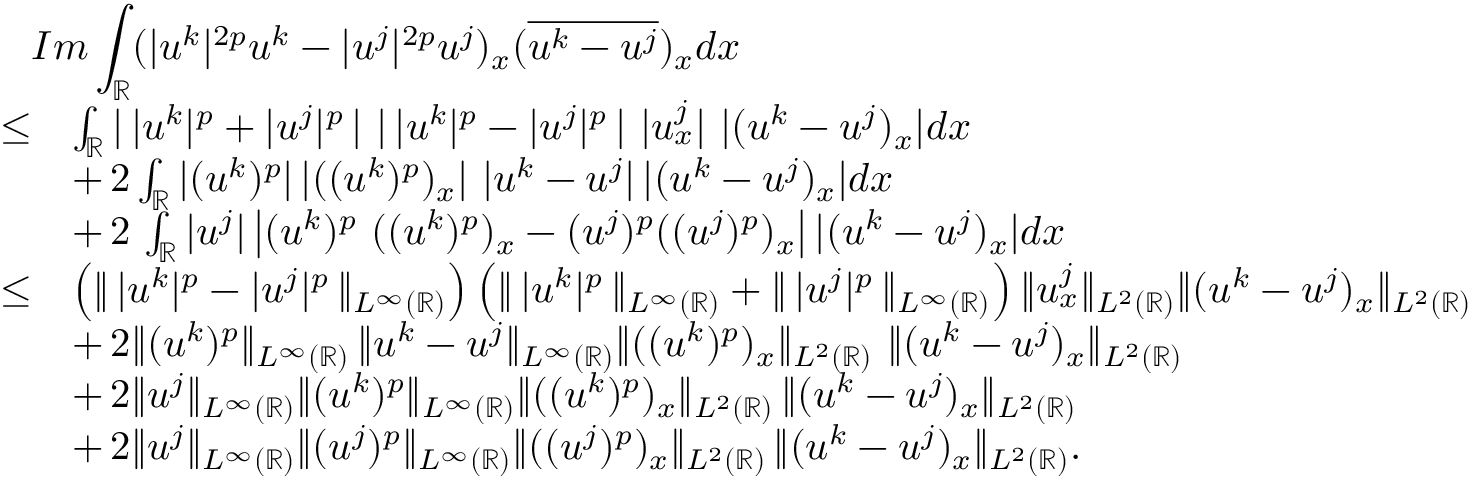
\begin{array} { r l } { \lefteqn { I m \int _ { \mathbb { R } } ( | u ^ { k } | ^ { 2 p } u ^ { k } - | u ^ { j } | ^ { 2 p } u ^ { j } ) _ { x } ( \overline { { u ^ { k } - u ^ { j } } } ) _ { x } d x } } \\ { \leq } & { \int _ { \mathbb { R } } | \, | u ^ { k } | ^ { p } + | u ^ { j } | ^ { p } \, | \ | \, | u ^ { k } | ^ { p } - | u ^ { j } | ^ { p } \, | \ | u _ { x } ^ { j } | \ | ( u ^ { k } - u ^ { j } ) _ { x } | d x } \\ & { + \, 2 \int _ { \mathbb { R } } | ( u ^ { k } ) ^ { p } | \, | ( ( u ^ { k } ) ^ { p } ) _ { x } | \ | u ^ { k } - u ^ { j } | \, | ( u ^ { k } - u ^ { j } ) _ { x } | d x } \\ & { + \, 2 \, \int _ { \mathbb { R } } | u ^ { j } | \left| ( u ^ { k } ) ^ { p } \ ( ( u ^ { k } ) ^ { p } ) _ { x } - ( u ^ { j } ) ^ { p } ( ( u ^ { j } ) ^ { p } ) _ { x } \right| | ( u ^ { k } - u ^ { j } ) _ { x } | d x } \\ { \leq } & { \left( \| \, | u ^ { k } | ^ { p } - | u ^ { j } | ^ { p } \, \| _ { L ^ { \infty } ( \mathbb { R } ) } \right) \left( \| \, | u ^ { k } | ^ { p } \, \| _ { L ^ { \infty } ( \mathbb { R } ) } + \| \, | u ^ { j } | ^ { p } \, \| _ { L ^ { \infty } ( \mathbb { R } ) } \right) \| u _ { x } ^ { j } \| _ { L ^ { 2 } ( \mathbb { R } ) } \| ( u ^ { k } - u ^ { j } ) _ { x } \| _ { L ^ { 2 } ( \mathbb { R } ) } } \\ & { + \, 2 \| ( u ^ { k } ) ^ { p } \| _ { L ^ { \infty } ( \mathbb { R } ) } \, \| u ^ { k } - u ^ { j } \| _ { L ^ { \infty } ( \mathbb { R } ) } \| ( ( u ^ { k } ) ^ { p } ) _ { x } \| _ { L ^ { 2 } ( \mathbb { R } ) } \ \| ( u ^ { k } - u ^ { j } ) _ { x } \| _ { L ^ { 2 } ( \mathbb { R } ) } } \\ & { + \, 2 \| u ^ { j } \| _ { L ^ { \infty } ( \mathbb { R } ) } \| ( u ^ { k } ) ^ { p } \| _ { L ^ { \infty } ( \mathbb { R } ) } \| ( ( u ^ { k } ) ^ { p } ) _ { x } \| _ { L ^ { 2 } ( \mathbb { R } ) } \, \| ( u ^ { k } - u ^ { j } ) _ { x } \| _ { L ^ { 2 } ( \mathbb { R } ) } } \\ & { + \, 2 \| u ^ { j } \| _ { L ^ { \infty } ( \mathbb { R } ) } \| ( u ^ { j } ) ^ { p } \| _ { L ^ { \infty } ( \mathbb { R } ) } \| ( ( u ^ { j } ) ^ { p } ) _ { x } \| _ { L ^ { 2 } ( \mathbb { R } ) } \, \| ( u ^ { k } - u ^ { j } ) _ { x } \| _ { L ^ { 2 } ( \mathbb { R } ) } . } \end{array}